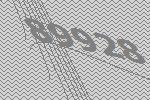
89928